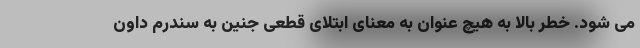
می شود. خطر بالا به هیچ عنوان به معنای ابتلای قطعی جنین به سندرم داون